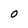
Character: O